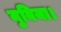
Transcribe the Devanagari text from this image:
नुबिया।